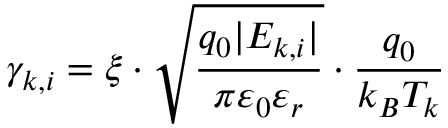
\gamma _ { k , i } = \xi \cdot \sqrt { \frac { q _ { 0 } \lvert { E _ { k , i } } \rvert } { \pi \varepsilon _ { 0 } \varepsilon _ { r } } } \cdot { \frac { q _ { 0 } } { k _ { B } T _ { k } } }